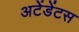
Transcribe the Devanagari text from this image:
अटेंडेंटस